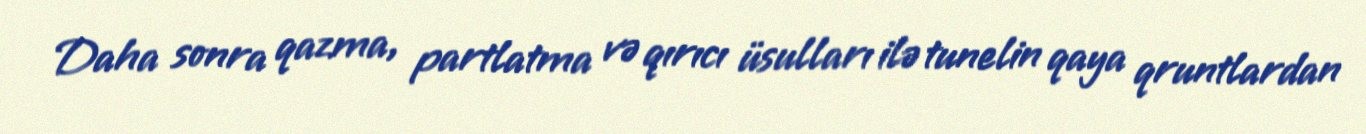
Daha sonra qazma, partlatma və qırıcı üsulları ilə tunelin qaya qruntlardan